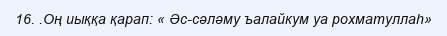
16. .Оң иыққа қарап: « Әс-сәләму ъалайкум уа рохматуллаһ»